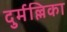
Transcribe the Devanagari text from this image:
दुर्मल्लिका